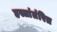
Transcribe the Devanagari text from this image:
हस्तांतंरित